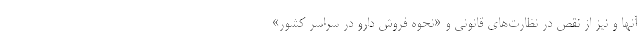
آنها و نیز از نقص در نظارت‌های قانونی و «نحوه فروش دارو در سراسر کشور»